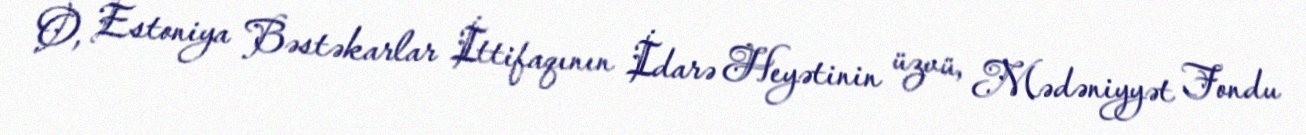
O, Estoniya Bəstəkarlar İttifaqının İdarə Heyətinin üzvü, Mədəniyyət Fondu